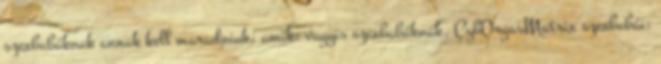
szexbabáknak annak kell maradniuk, amik: vagyis szexbabáknak. CybOrgasMatrix szexbabái: